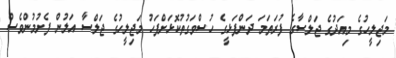
މަޖިލީހުގެ މިއަދުގެ ޖަލްސާގެ ފުރަތަމަ ދަންފަޅީގެ ހުސްވަގުތުކޮޅަށްފަހު މަޖިލީހުގެ ޖަލްސާ އަލުން ފެށުމުންވެސް